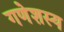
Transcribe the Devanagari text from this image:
गणेशस्य